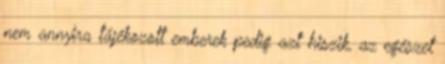
nem annyira tájékozott emberek pedig azt hiszik, az egészet